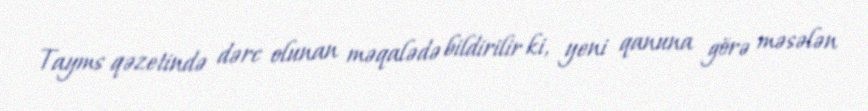
Tayms qəzetində dərc olunan məqalədə bildirilir ki, yeni qanuna görə məsələn